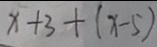
x + 3 + ( x - 5 )